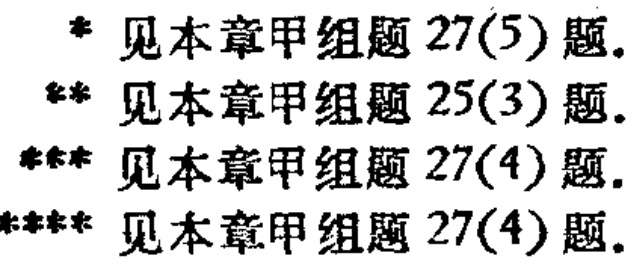
* 见本章甲组题 27(5) 题.\\

** 见本章甲组题 25(3) 题.\\

*** 见本章甲组题 27(4) 题.\\

**** 见本章甲组题 27(4) 题.